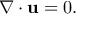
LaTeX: \nabla \cdot \mathbf { u } = 0 .